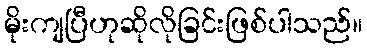
မိုးကျပြီဟုဆိုလိုခြင်းဖြစ်ပါသည်။